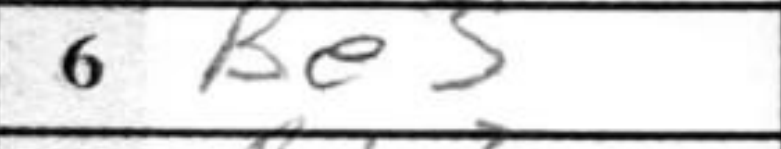
Transcription: Be3